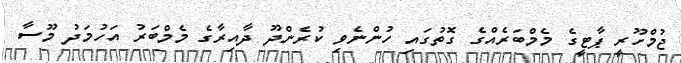
ޖުމްހޫރީ ޕާޓީގެ މެމްބަރެއްގެ ގޮތުގައި ހުންނެވި ކުރެންދޫ ދާއިރާގެ މެމްބަރު އަހުމަދު މޫސާ